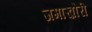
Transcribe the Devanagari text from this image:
जमाख़ोरी